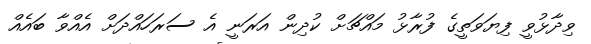
ވިދާޅުވީ ފިޔަވަތީގެ ފުރާޅު މައްޗަށް ކުދިން އަރަނީ އެ ސަރަހައްދަށް އެއްވާ ބައެއް